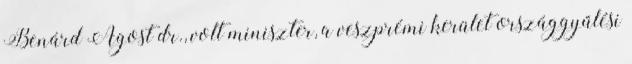
Benárd Ágost dr., volt miniszter, a veszprémi kerület országgyűlési